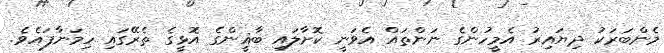
މެންބަރަކު ދިޔައިރު އެމީހުންގެ ނަންތައް އެވަނީ ކޮށާލައި ބާޣީންގެ އޮޅީގެ ތެރޭގައި ހިމަނާފައެވެ.